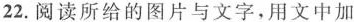
22.阅读所给的图片与文字，用文中加